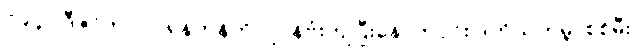
၁၉၄၁ ဒီဇင်ဘာလ ရန်ကုန်ကို ဂျပန်ဗုံးကျပြီးနောက်ပိုင်း ဒုတိယကမ္ဘာစစ်မီး